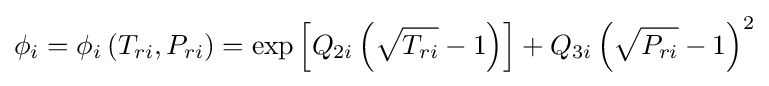
\phi _{i}=\phi _{i}\left(T_{ri},P_{ri}\right)=\exp \left[Q_{2i}\left({\sqrt {T_{ri}}}-1\right)\right]+Q_{3i}\left({\sqrt {P_{ri}}}-1\right)^{2}